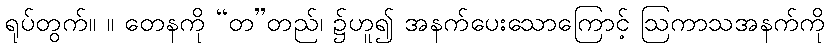
ရုပ်တွက်။ ။ တေနကို “တ”တည်၊ ၌ဟူ၍ အနက်ပေးသောကြောင့် ဩကာသအနက်ကို